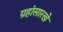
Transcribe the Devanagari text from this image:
ग्रहांसारखे